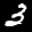
Label: 3